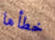
خطأها